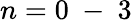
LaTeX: n=0\mathrm{~-~}3